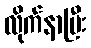
လိုက်နာပြီး